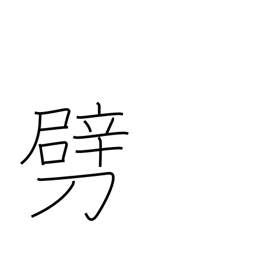
Meaning: break